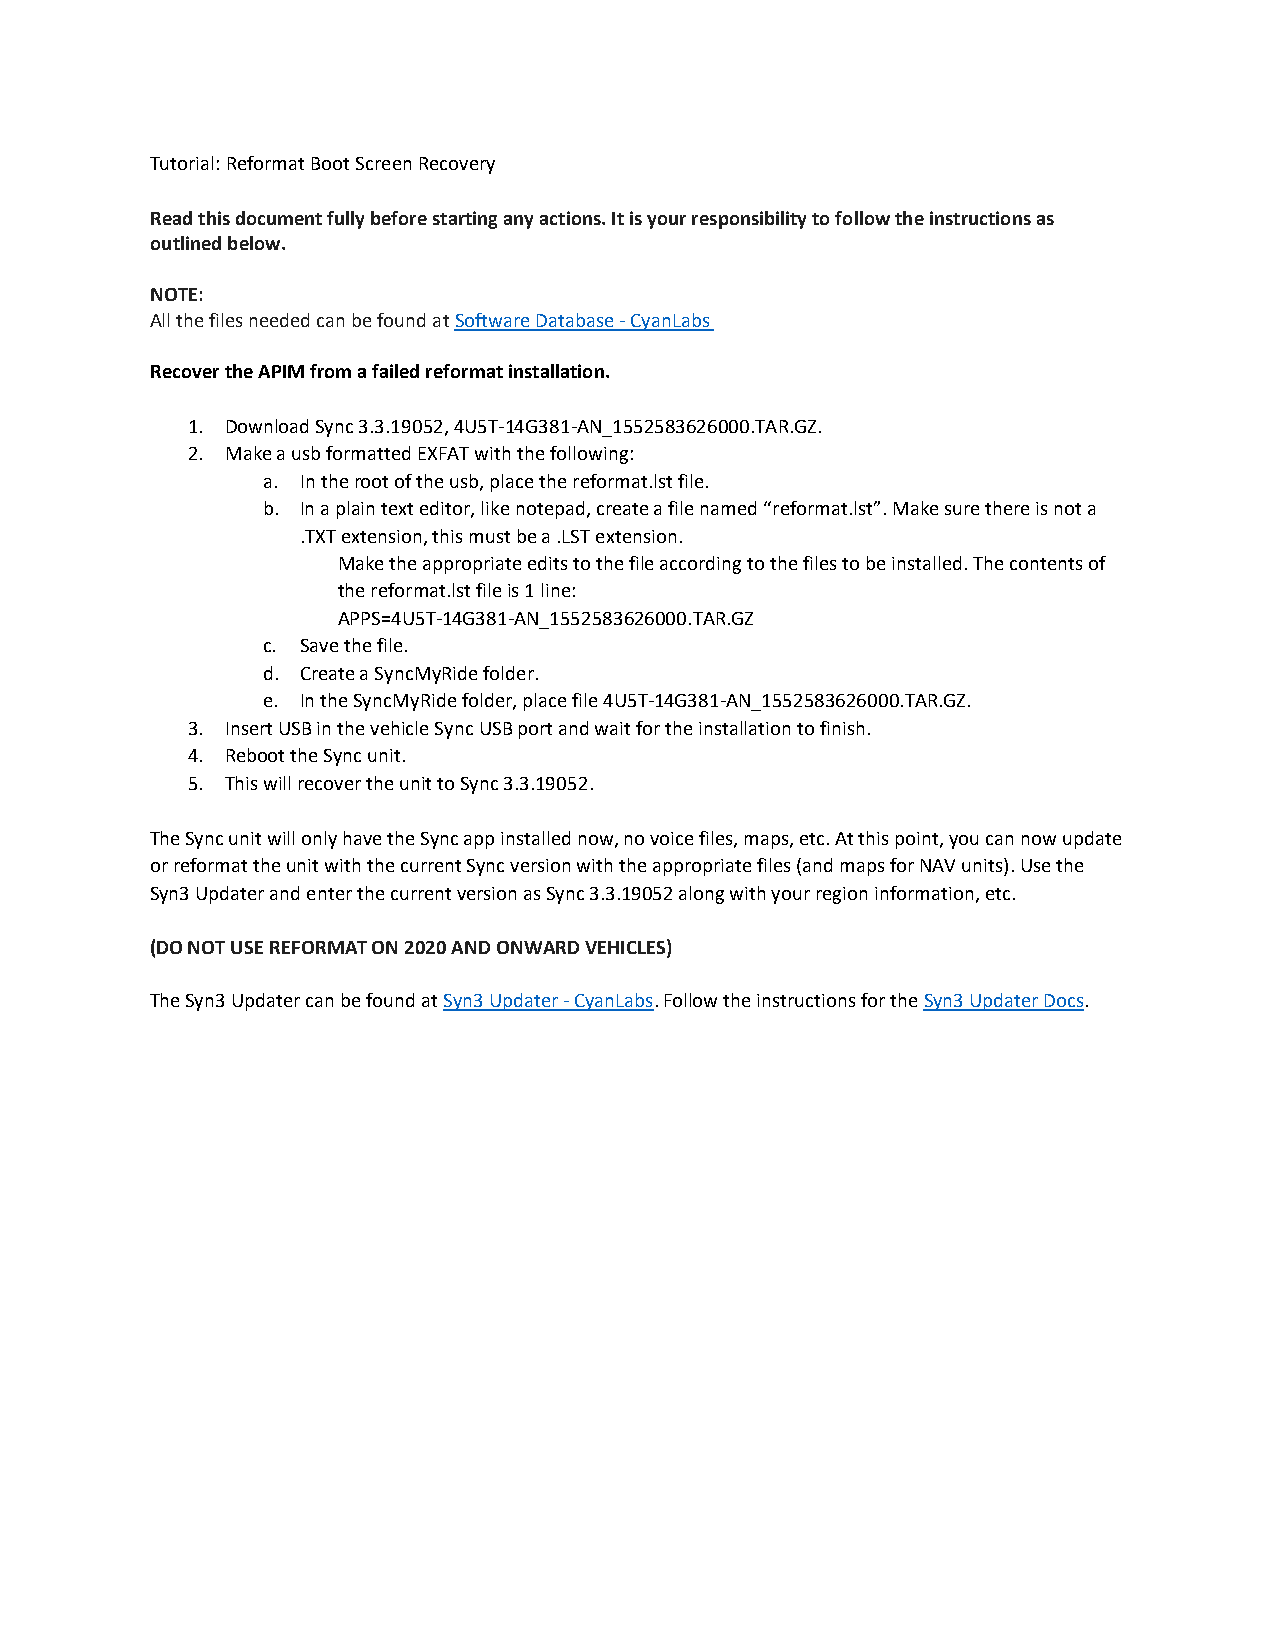
Tutorial: Reformat Boot Screen Recovery
 Read this document fully before starting any actions. It is your responsibility to follow the instructions as
 outlined below.
 NOTE:
 All the files needed can be found at Software Database - CyanLabs
 Recover the APIM from a failed reformat installation.
 1. Download Sync 3.3.19052, 4U5T-14G381-AN_1552583626000.TAR.GZ.
 2. Make a usb formatted EXFAT with the following:
 a. In the root of the usb, place the reformat.lst file.
 b. In a plain text editor, like notepad, create a file named “reformat.lst”. Make sure there is not a
 .TXT extension, this must be a .LST extension.
 Make the appropriate edits to the file according to the files to be installed. The contents of
 the reformat.lst file is 1 line:
 APPS=4U5T-14G381-AN_1552583626000.TAR.GZ
 c. Save the file.
 d. Create a SyncMyRide folder.
 e. In the SyncMyRide folder, place file 4U5T-14G381-AN_1552583626000.TAR.GZ.
 3. Insert USB in the vehicle Sync USB port and wait for the installation to finish.
 4. Reboot the Sync unit.
 5. This will recover the unit to Sync 3.3.19052.
 The Sync unit will only have the Sync app installed now, no voice files, maps, etc. At this point, you can now update
 or reformat the unit with the current Sync version with the appropriate files (and maps for NAV units). Use the
 Syn3 Updater and enter the current version as Sync 3.3.19052 along with your region information, etc.
 (DO NOT USE REFORMAT ON 2020 AND ONWARD VEHICLES)
 The Syn3 Updater can be found at Syn3 Updater - CyanLabs. Follow the instructions for the Syn3 Updater Docs.